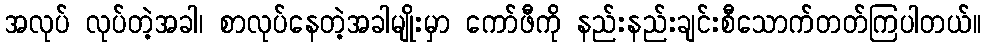
အလုပ် လုပ်တဲ့အခါ၊ စာလုပ်နေတဲ့အခါမျိုးမှာ ကော်ဖီကို နည်းနည်းချင်းစီသောက်တတ်ကြပါတယ်။